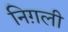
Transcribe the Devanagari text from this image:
निग़ली